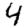
Digit: 4